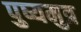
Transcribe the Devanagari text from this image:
पुष्यमुत्र